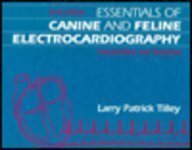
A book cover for Essentials of Canine and Feline Electrocardiography: Interpretation and Treatment; Lawrence P. Tilley; Medical Books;